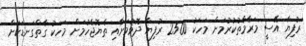
ރުފިޔާ އޭސީ މަރާމާތުކުރުމަށް މަހަކު 2500 ރުފިޔާ ދޮވުމަށާއި ތެޔޮޖެހުމަށް މަހަކު ގާތްގަނޑަކަށް